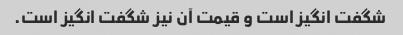
شگفت انگیز است و قیمت آن نیز شگفت انگیز است.